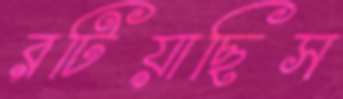
রটিয়াছিস